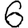
Digit: 6